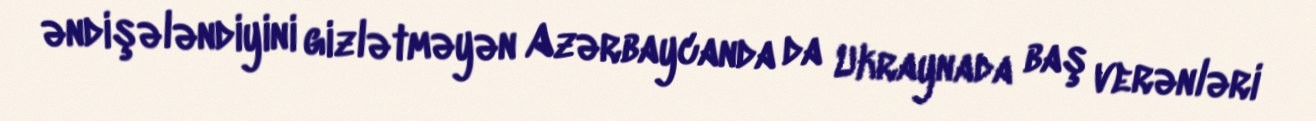
əndişələndiyini gizlətməyən Azərbaycanda da Ukraynada baş verənləri